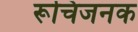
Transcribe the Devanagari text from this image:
रूचिजनक